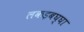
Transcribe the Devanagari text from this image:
लकड़बघ्घा